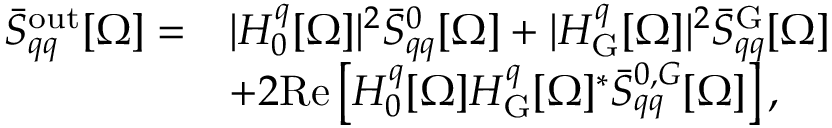
\begin{array} { r l } { \bar { S } _ { q q } ^ { \mathrm { o u t } } [ \Omega ] = } & { | H _ { 0 } ^ { q } [ \Omega ] | ^ { 2 } \bar { S } _ { q q } ^ { 0 } [ \Omega ] + | H _ { \mathrm { G } } ^ { q } [ \Omega ] | ^ { 2 } \bar { S } _ { q q } ^ { \mathrm { G } } [ \Omega ] } \\ & { + 2 \mathrm { R e } \left[ H _ { 0 } ^ { q } [ \Omega ] H _ { \mathrm { G } } ^ { q } [ \Omega ] ^ { * } \bar { S } _ { q q } ^ { 0 , G } [ \Omega ] \right] , } \end{array}